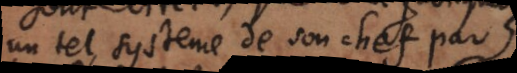
un tel systeme de son chef par la